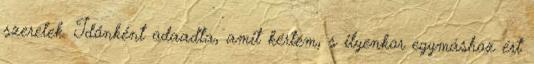
szerelek. Időnként odaadta, amit kértem, s ilyenkor egymáshoz ért